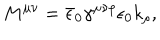
LaTeX: M ^ { \mu \nu } = \bar { \epsilon } _ { 0 } \gamma ^ { \mu \nu \rho } \epsilon _ { 0 } k _ { \rho } ,